Philaematomyia insignis, Austen - Number 54
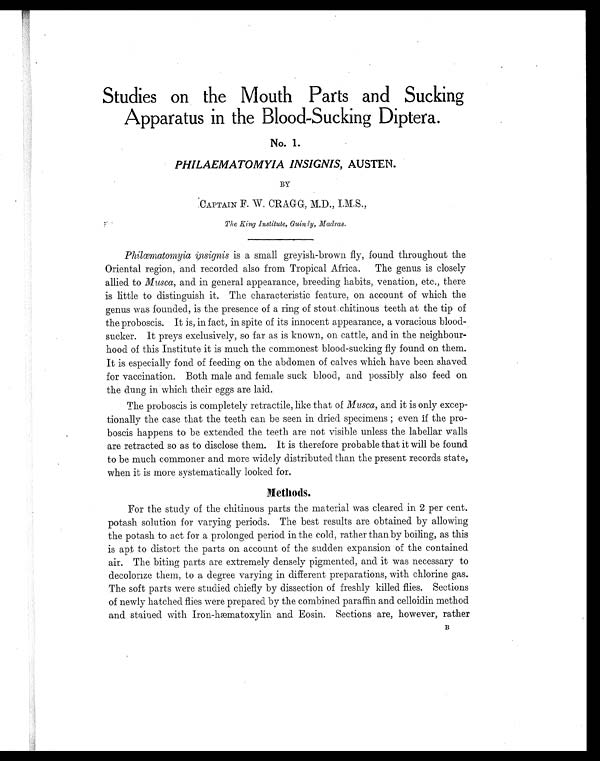
Studies on the Mouth Parts and Sucking
Apparatus in the Blood-Sucking Diptera.
No. 1.
PHILAEMATOMYIA INSIGNIS, AUSTEN.
BY
CAPTAIN F. W. CRAGG, M.D., I.M.S.,
The King Institute, Guindly Madras.
Philœmatomyia insignis is a small greyish-brown fly, found throughout the
Oriental region, and recorded also from Tropical Africa. The genus is closely
allied to Musca, and in general appearance, breeding habits, venation, etc., there
is little to distinguish it. The characteristic feature, on account of which the
genus was founded, is the presence of a ring of stout.chitinous teeth at the tip of
the proboscis. It is, in fact, in spite of its innocent appearance, a voracious blood
sucker. It preys exclusively, so far as is known, on cattle, and in the neighbour-
hood of this Institute it is much the commonest blood-sucking fly found on them.
It is especially fond of feeding on the abdomen of calves which have been shaved
for vaccination. Both male and female suck blood, and possibly also feed on
the dung in which their eggs are laid.
The proboscis is completely retractile, like that of Musca, and it is only excep-
tionally the case that the teeth can be seen in dried specimens ; even if the pro-
boscis happens to be extended the teeth are not visible unless the labellar walls
are retracted so as to disclose them. It is therefore probable that it will be found
to be much commoner and more widely distributed than the present records state,
when it is more systematically looked for.
Methods.
For the study of the chitinous parts the material was cleared in 2 per cent.
potash solution for varying periods. The best results are obtained by allowing
the potash to act for a prolonged period in the cold, rather than by boiling, as this
is apt to distort the parts on account of the sudden expansion of the contained
air. The biting parts are extremely densely pigmented, and it was necessary to
decolorize them, to a degree varying in different preparations, with chlorine gas.
The soft parts were studied chiefly by dissection of freshly killed flies. Sections
of newly hatched flies were prepared by the combined paraffin and celloidin method
and stained with Iron-hæmatoxylin and Eosin. Sections are, however, rather B